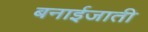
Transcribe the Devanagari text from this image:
बनाईजाती